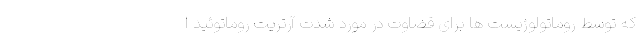
که توسط روماتولوژیست ها برای قضاوت در مورد شدت آرتریت روماتوئید ا